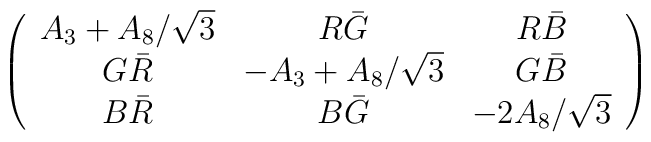
\left ( \begin{array}{ccc}A_3 + A_8/\sqrt{3} & R \bar G & R \bar B \\G \bar R & - A_3 +  A_8/\sqrt{3} & G \bar B \\B \bar R& B \bar G & - 2  A_8/\sqrt{3}\end{array} \right )